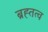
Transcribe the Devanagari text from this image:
ब्रह्तत्व